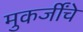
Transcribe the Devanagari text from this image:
मुकर्जींचे